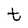
Character: t